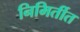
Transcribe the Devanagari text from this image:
निमिर्तीत